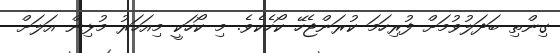
ގިންތި ބަދަލުވުމަށް ފުރިހަމަ ކުރަންޖެހޭ ކޯހެކެވެ. މި ކޯހަކީ މިއަހަރު މުޅިން އަލަށް